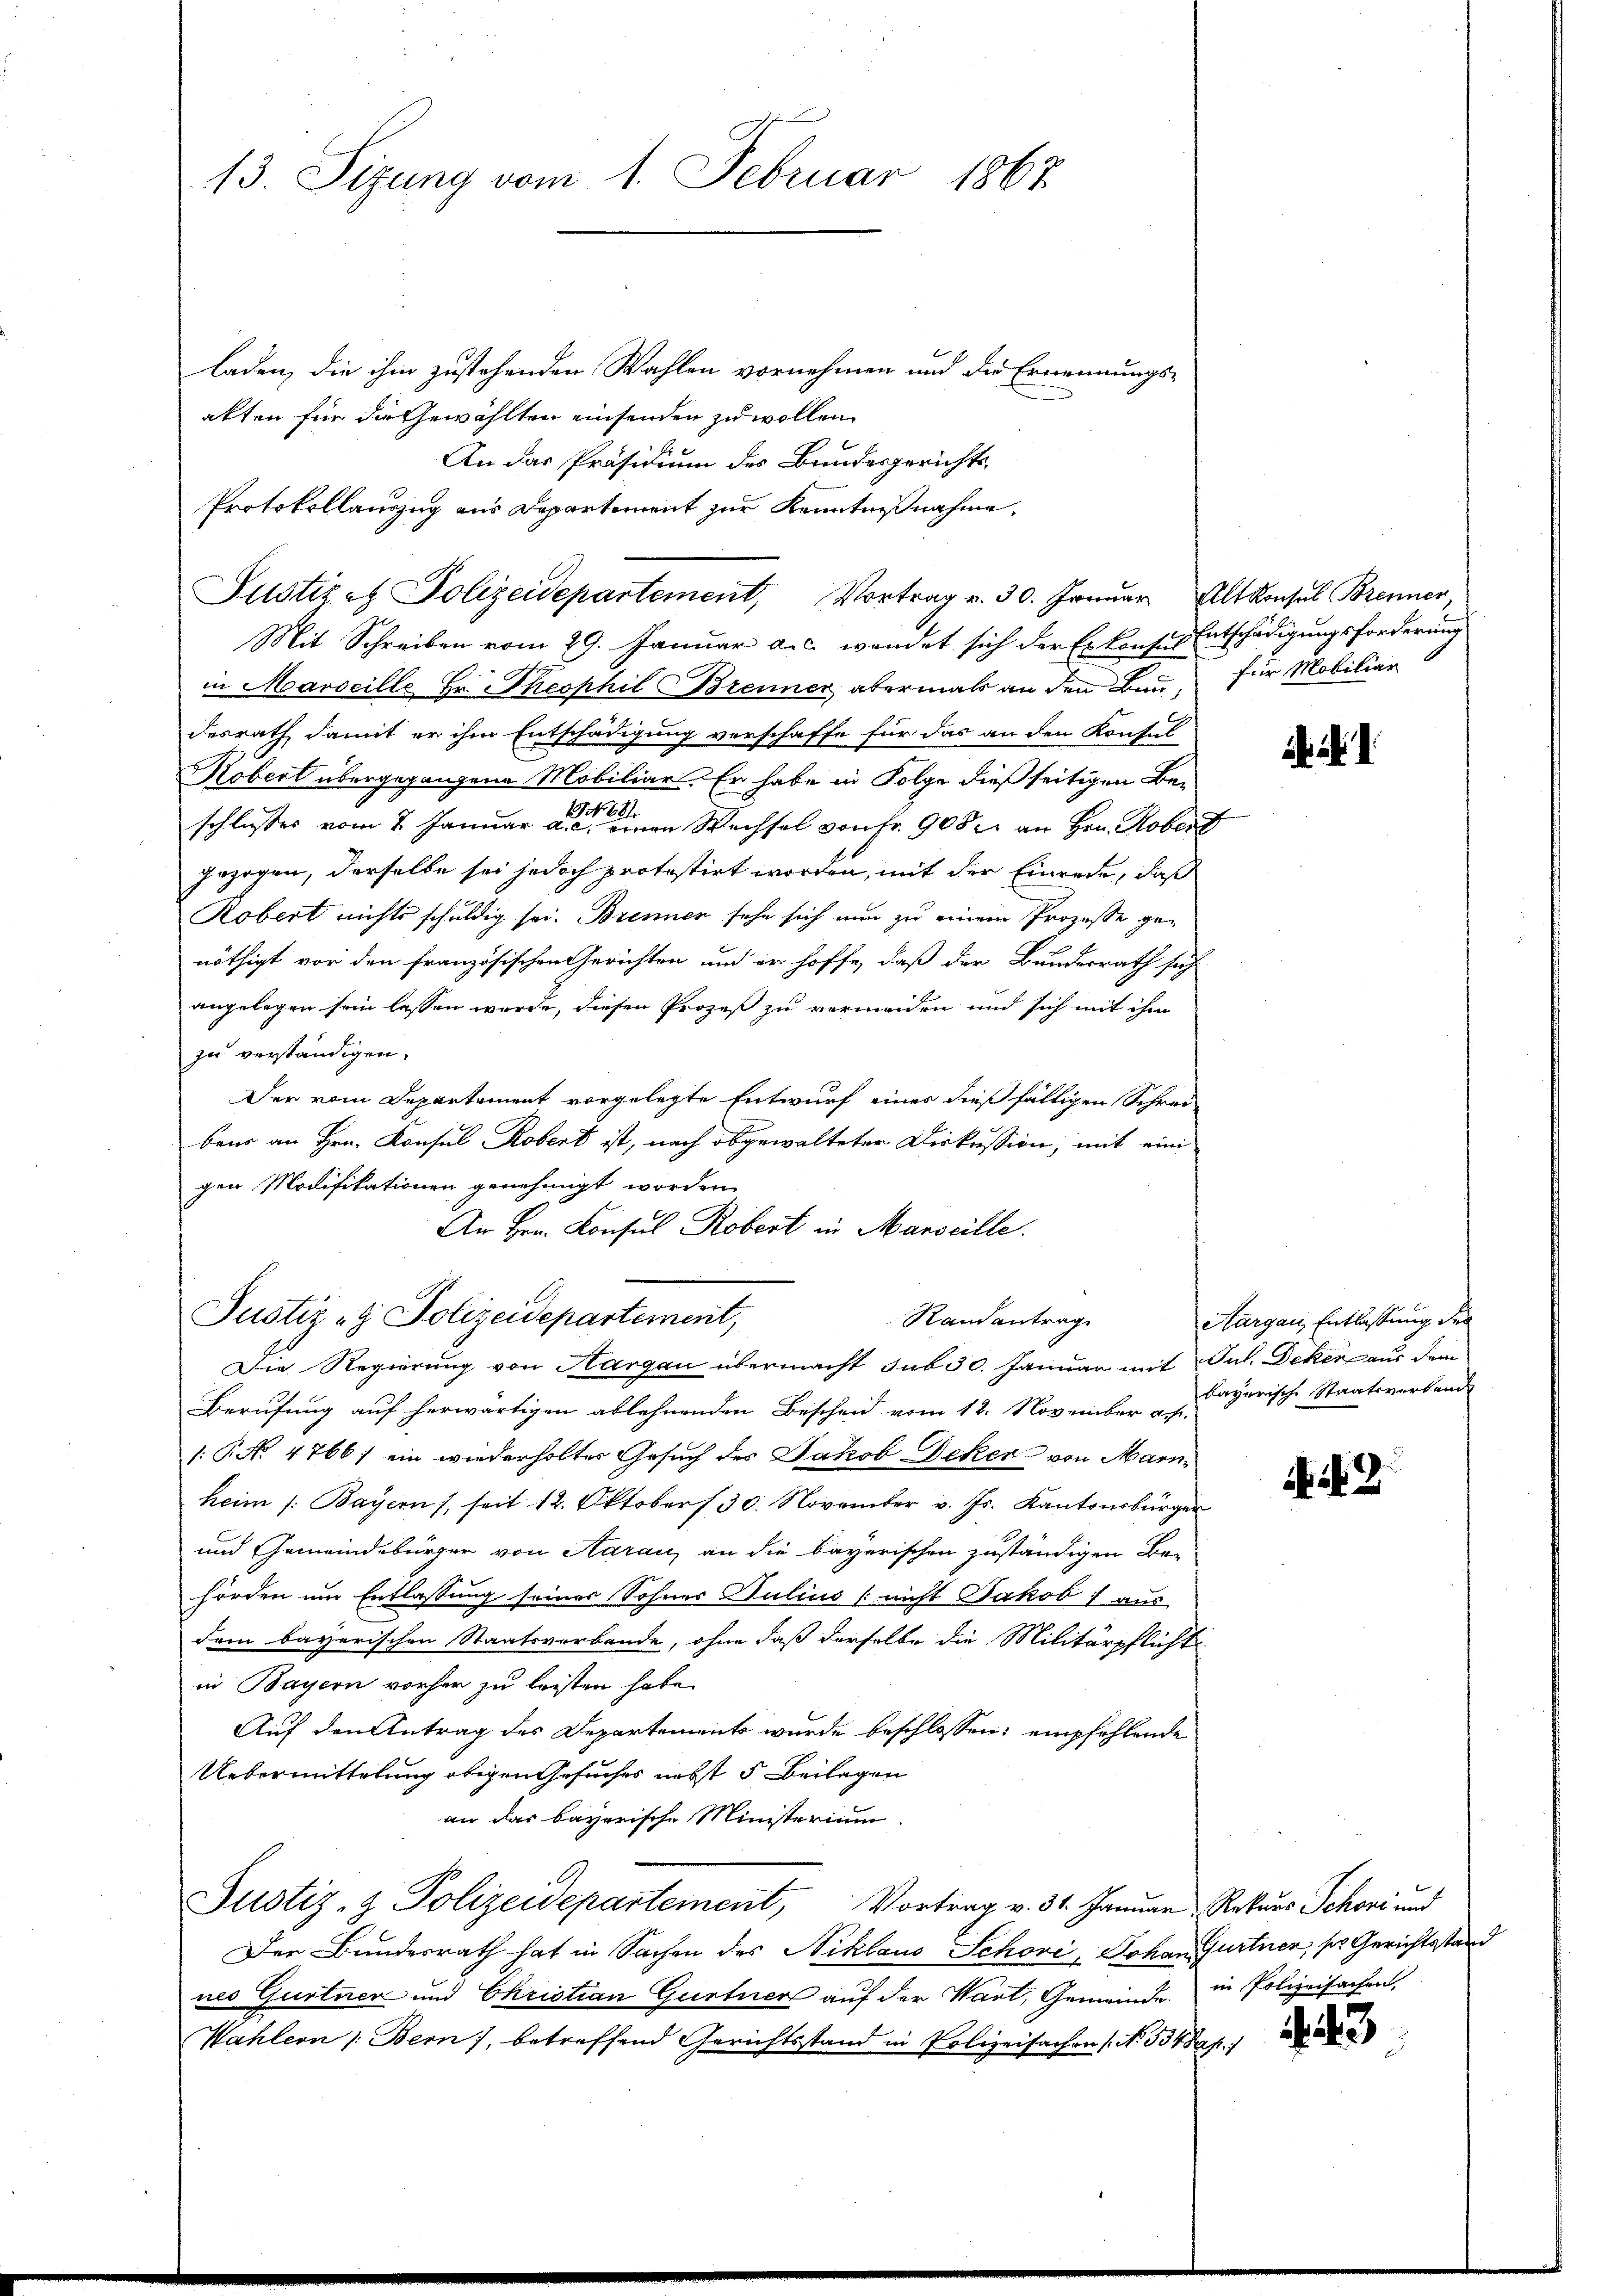
13. Sizung vom 1. Februar 1867

laden, die ihm zustehenden Wahlen vornehmen und der Ernennungs-
akten für die Gewählten einsenden zu wollen.
An das Präsidium des Bundesgerichts-
Protokollauszug aus Departement zur Kenntnißnahme,

Justizet Polizeidepartement, Vortrag v. 30. Januar Alt Konsul Brenner,

Mit Schreiben vom 29. Januar a. c. wendet sich der Erkonses Entschädigungsforderung
in Marseille Hr. Theophil Brenner, abermals an den Bau, für Mobiliar
desrath damit er ihm Entschädigung verschaffe für das an den Konsul
Kobert übergegangene Mobiliar. Er habe in Folge dießseitigen Be-
schlusses vom 2. Januar a. die einen Wechsel von Fr. 908 an Hrn. Rober
gezogen, derselbe sei jedoch protestirt worden, mit der Einrede, daß
Robert nichts schuldig sei. Brenner sehe sich nun zu einem Prozesse gen
nöthigt vor den französischen Gerichten und er hoffe, daß der Bundesrath sich
angelegen sein lassen werde, diesen Prozeß zu vermeiden und sich mit ihm
zu verständigen.
Der vom Departement vorgelegte Entwurf eines dießfälligen Schreibeur an Hrn. Konsul Robert ist, nach abgewalteter Diskussion, mit einigen Modifikationen genehmigt worden.
An Hrn. Konsul Robert in Marseille.
Die Regierung von Hargau übermacht sub 30. Januar mit Jul. Deker aus dem
Berufung auf herwärtigen ablehnenden Bescheid vom 12. November ass.
/: P. No 4766) ein wiederholter Gesuch des Jakob Deker von Marnheim /: Bayern /, seit 12. Oktober 130. November v. Js. Kantonsbürger
und Gemeindebürger von Aarau an die bayerischen zuständigen Be-
hörden um Entlassung seiner Sohnes Pulius (nicht Jakob aus
dem bayerischen Staatsverbande, ohne daß derselbe die Militärpflicht
in Bayern vorher zu leisten habe.
Auf den Antrag des Departements wurde beschlossen, empfehlende
Uebermittelung obigen Gesuches nebst 5 Beilagen
an das bayerische Ministerium
Justiz- & Polizeidepartement, Vortrag v. 31. Januar Rekurs Schoni und
Der Bundesrath hat in Sachen des Niklaus Schove, Johan Gurtner, so Gerichtsstand
nes Gurtner und Christian Gurtner auf der Wart, Gemeinde, in Polizeifachen
Wahlern /: Bern, betreffend Gerichtsstand in Polizeisachen (No. 534 das

Justiz & Polizeidepartement,

Randantrag

ih

Aargau, Entlassung der
bayerische Staatsverkannt

ii